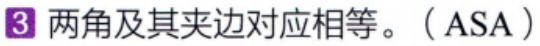
3 两角及其夹边对应相等。（ASA）